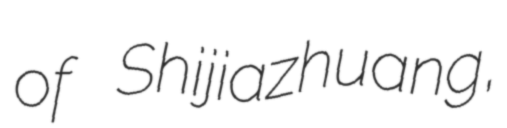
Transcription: of Shijiazhuang,